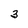
Character: 3